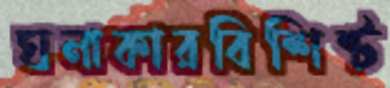
ঘনাকারবিশিষ্ট